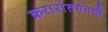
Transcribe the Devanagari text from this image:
करारांतर्गतची